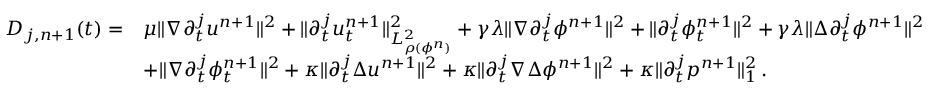
\begin{array} { r l } { { D } _ { j , n + 1 } ( t ) = } & { \mu \| \nabla \partial _ { t } ^ { j } u ^ { n + 1 } \| ^ { 2 } + \| \partial _ { t } ^ { j } u _ { t } ^ { n + 1 } \| _ { L _ { \rho ( \phi ^ { n } ) } ^ { 2 } } ^ { 2 } + \gamma \lambda \| \nabla \partial _ { t } ^ { j } \phi ^ { n + 1 } \| ^ { 2 } + \| \partial _ { t } ^ { j } \phi _ { t } ^ { n + 1 } \| ^ { 2 } + \gamma \lambda \| \Delta \partial _ { t } ^ { j } \phi ^ { n + 1 } \| ^ { 2 } } \\ & { + \| \nabla \partial _ { t } ^ { j } \phi _ { t } ^ { n + 1 } \| ^ { 2 } + \kappa \| \partial _ { t } ^ { j } \Delta u ^ { n + 1 } \| ^ { 2 } + \kappa \| \partial _ { t } ^ { j } \nabla \Delta \phi ^ { n + 1 } \| ^ { 2 } + \kappa \| \partial _ { t } ^ { j } p ^ { n + 1 } \| _ { 1 } ^ { 2 } \, . } \end{array}